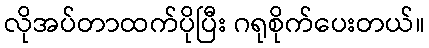
လိုအပ်တာထက်ပိုပြီး ဂရုစိုက်ပေးတယ်။